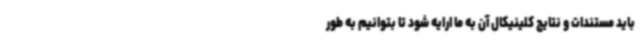
باید مستندات و نتایج کلینیکال آن به ما ارایه شود تا بتوانیم به طور